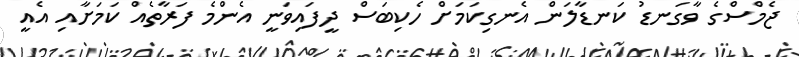
ޖެމްސްގެ ވާގަނޑު ކަނޑާލަން އެނގިކަމަށް ހެކިބަސް ދީފައިވަނީ އެންމެ ފަރާތެއް ކަމަށާއި އެއީ